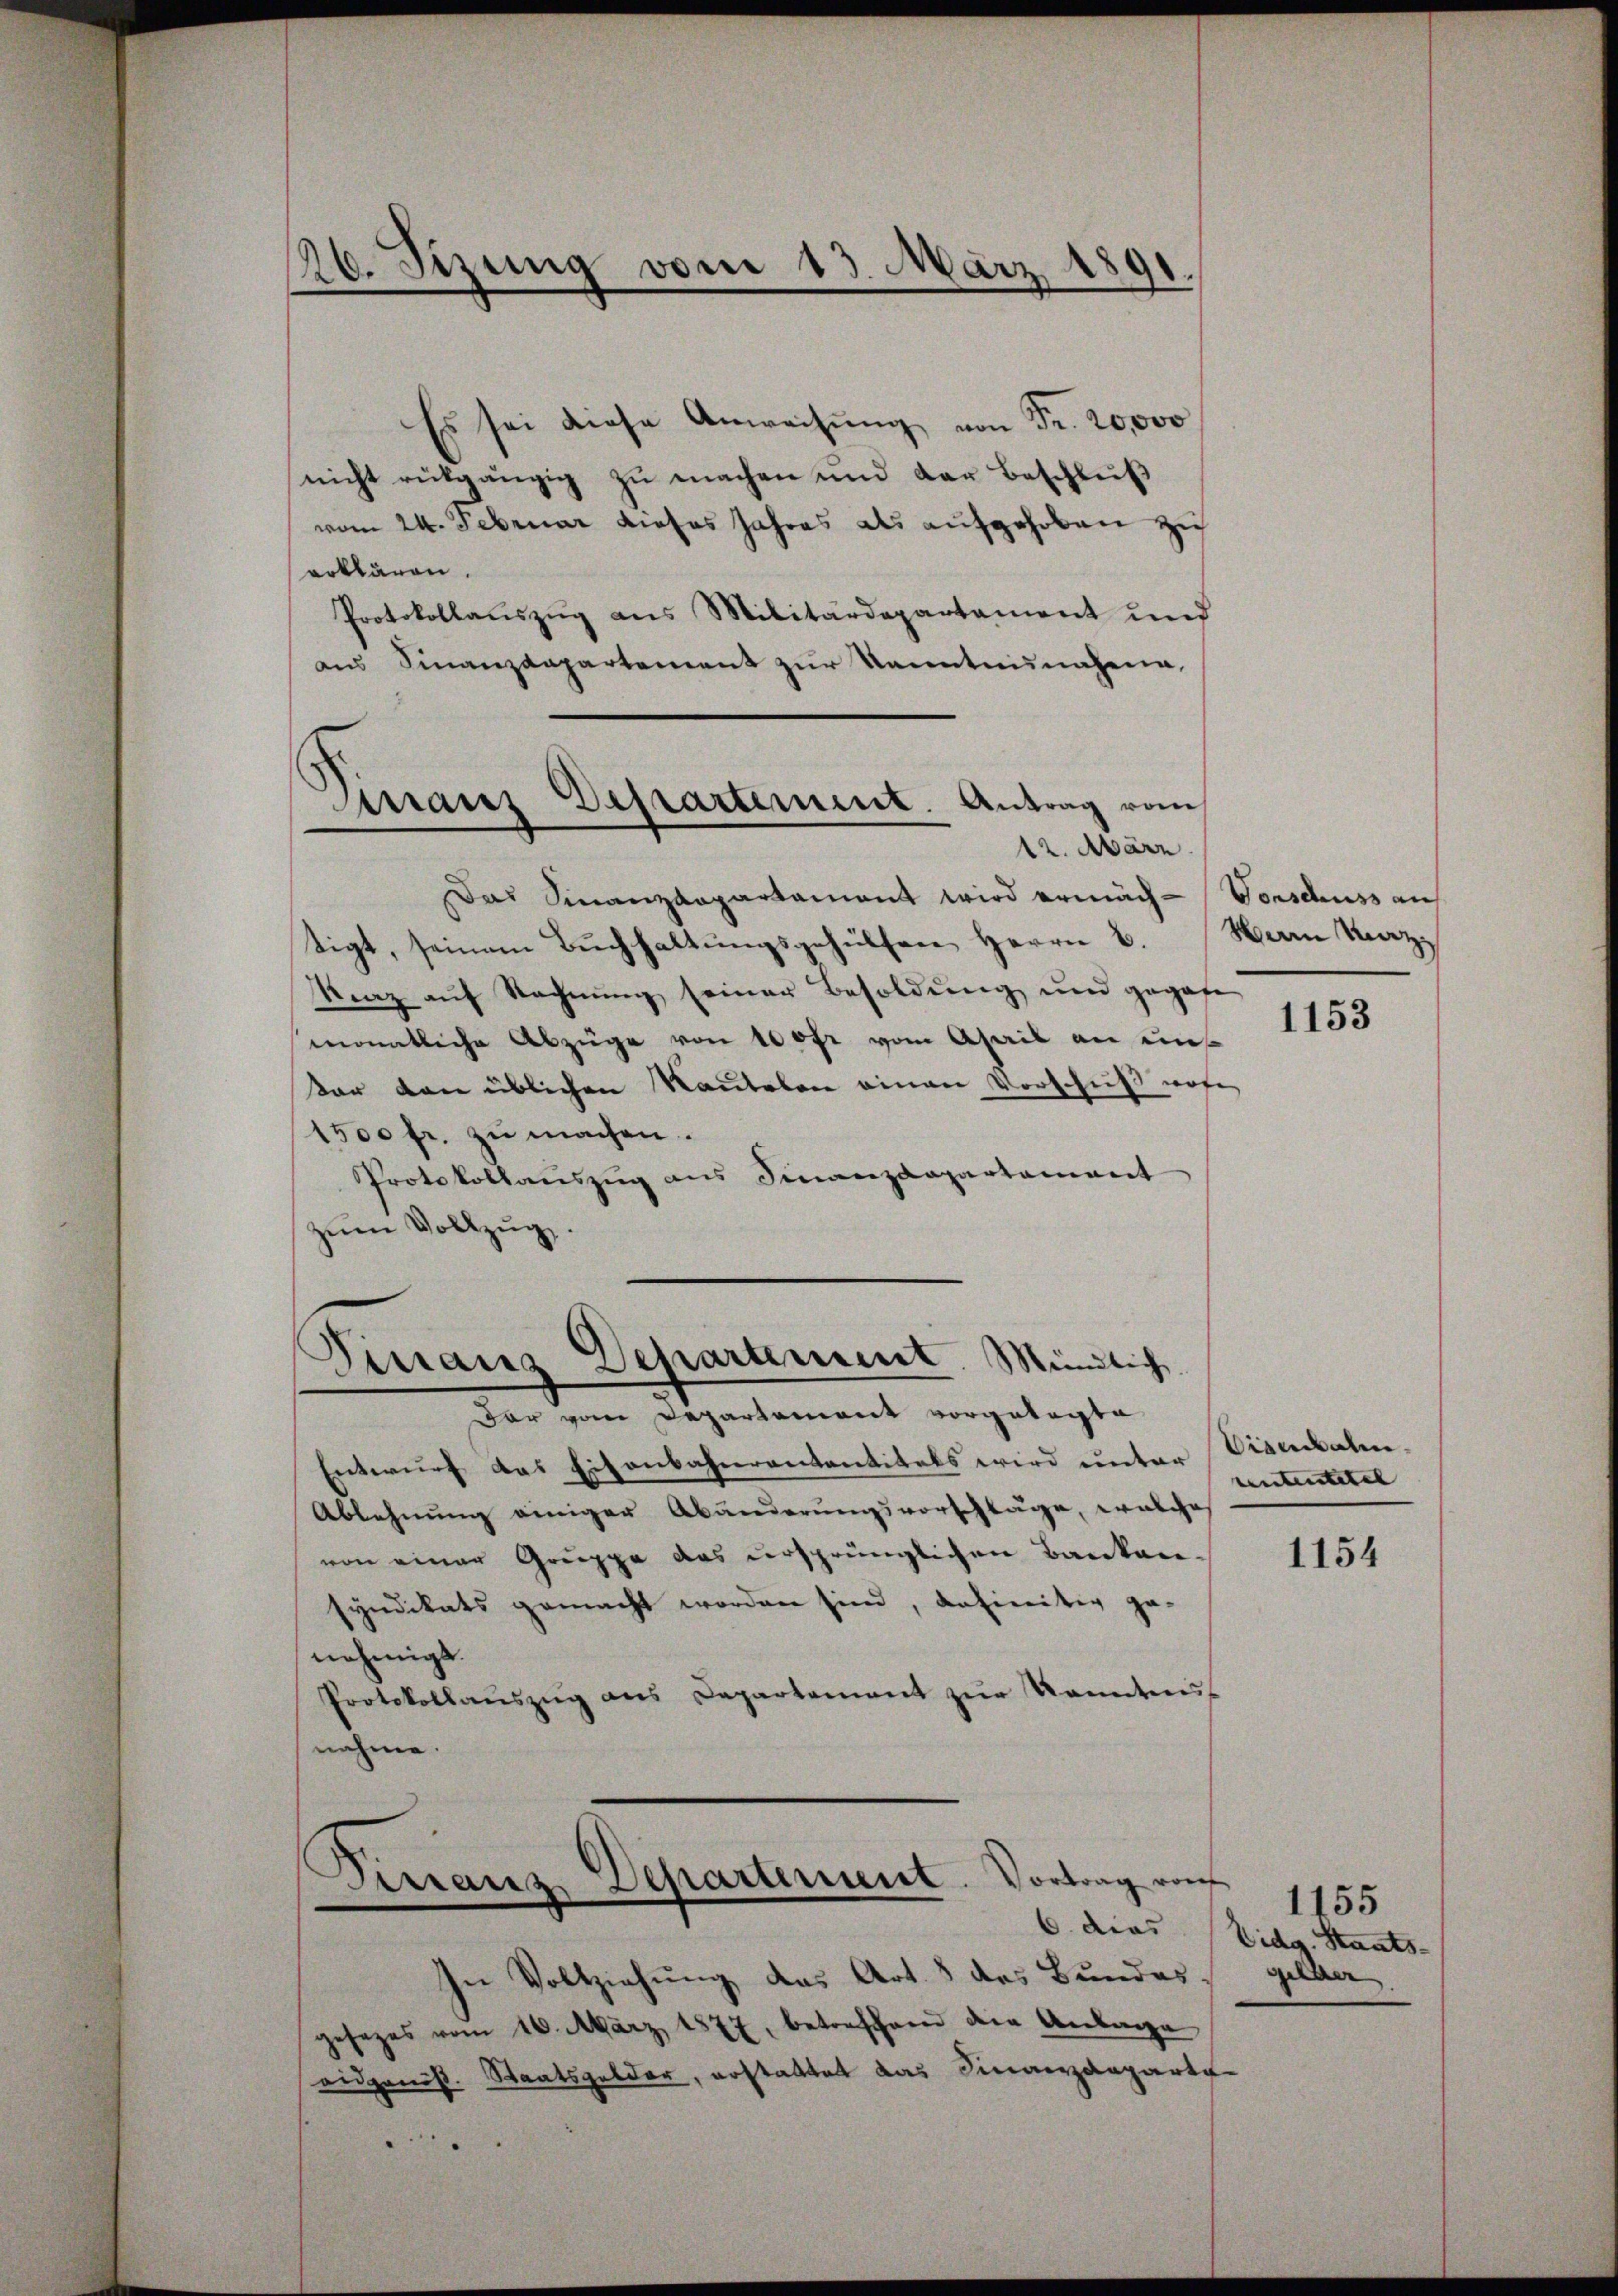
16. Sizung vom 13. März 1891.

Dirranz Departement. Antrag vom
12. März.

Es sei diese Anweisung von Fr. 20,000
nicht rükgängig zŭ machen und der Beschlŭβ
vom 24. Februar dieses Jahres als aufgehoben zu
erklären.
Protokollaŭszŭg ans Militärdepartament und
ans Finanzdepartement zur Kenntninahena
Das Finanzdepartament wird ermäch-Vorschuss auf
tigt, seinem Buchhaltungsgehülfen Herrn C.
Kraz auf Rechnung seiner Besoldung und gegeben
monatliche Abzüge von 100 fr vom Ahais an unkar den üblichen Rautelen einen Vorschuß wofe
1500 fr. zu machen.
Protokollauszug aus Finanzdepartement
zŭm Vollzŭg.

)
Finanz Departement. Mündlich

Virranz, Dehartement. Vortrag von
.

dar vom Departement vorgelegte
Entwurf das Eisenbahnventantitels wird unter Visenbahn¬
Ablehnung einiger Abänderungsvorschläge, welche
von einer Gruppe das ursprünglichen Baukan-
syndikats gemacht worden sind, definitiv ge-
nehmigt.
Protokollaŭszŭg ans Departement zŭr Kenntnis-
nahme.

In Vollziehung das Art. 8 des Bundes
gesezes vom 16. März 1877, betreffend dem Anlage
aidganis. Staatsgelder, erstattet das Finanzdeparte
.

Herrn Marz

1153

rententitel |

1154

1155
6. dies Eidg. Staats-
silber
I